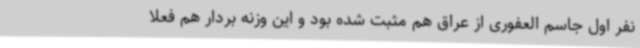
نفر اول جاسم العفوری از عراق هم مثبت شده بود و این وزنه بردار هم فعلا